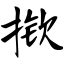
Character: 揿